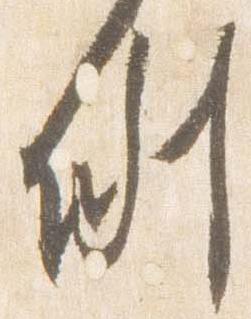
例